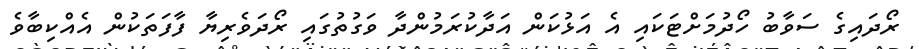
ރޯދައިގެ ސަވާބު ހޯދުމަށްޓަކައި އެ އަޅުކަން އަދާކުރަމުންދާ ވަގުތުގައި ރޯދަވެރިޔާ ފާފަތަކުން އެއްކިބާވެ